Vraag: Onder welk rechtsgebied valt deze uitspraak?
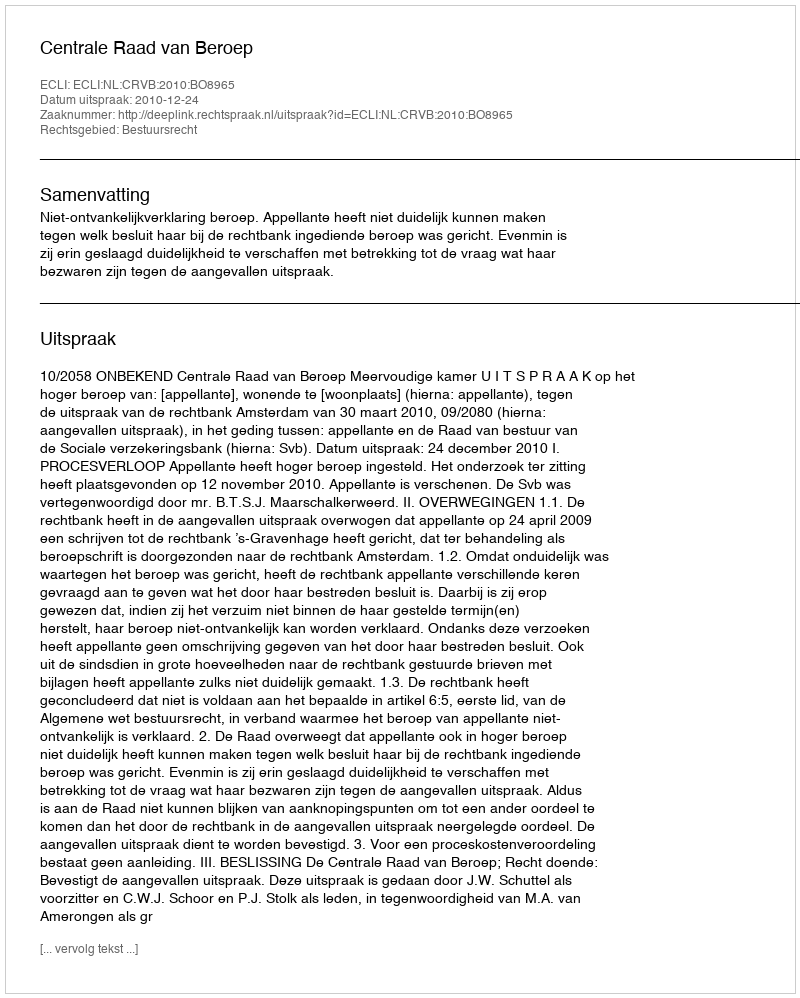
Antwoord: Bestuursrecht